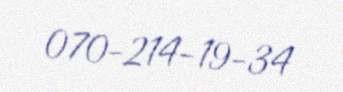
070-214-19-34